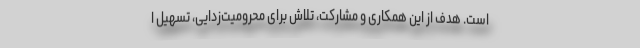
است. هدف از این همکاری و مشارکت، تلاش برای محرومیت‌زدایی، تسهیل ا